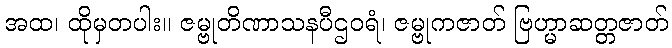
အထ၊ ထိုမှတပါး။ ဇမ္ဗုတိဏာသနပီဌဝရံ၊ ဇမ္ဗုကဇာတ် ဗြဟ္မာဆတ္တဇာတ်